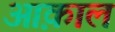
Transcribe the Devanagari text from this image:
आक़ाल